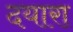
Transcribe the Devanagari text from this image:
दयारा